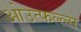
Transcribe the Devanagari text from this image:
ओउत्फल्ल्स